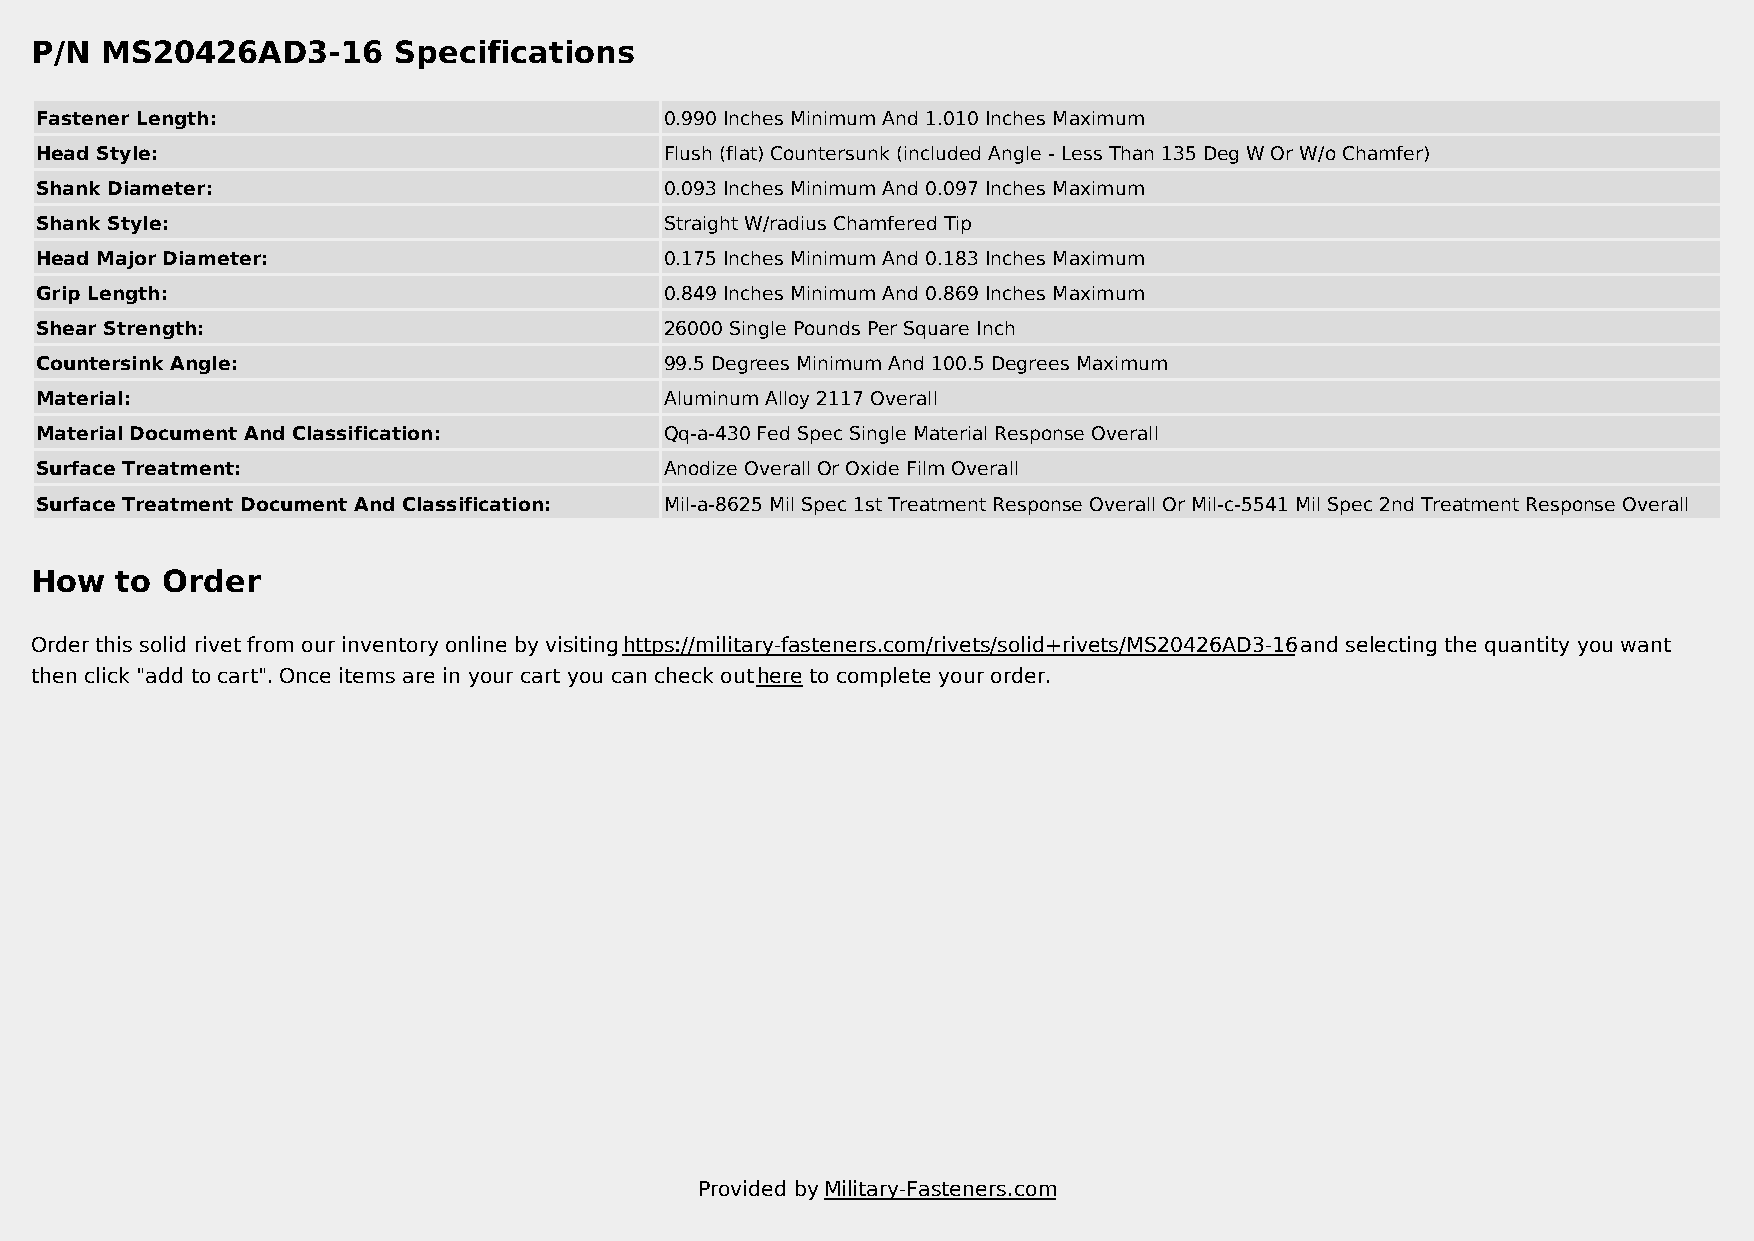
P/N  MS20426AD3-16      Specifications
 Fastener Length:                          0.990 Inches Minimum And 1.010 Inches Maximum
 Head Style:                               Flush (flat) Countersunk (included Angle - Less Than 135 Deg W Or W/o Chamfer)
 Shank Diameter:                           0.093 Inches Minimum And 0.097 Inches Maximum
 Shank Style:                              Straight W/radius Chamfered Tip
 Head Major Diameter:                      0.175 Inches Minimum And 0.183 Inches Maximum
 Grip Length:                              0.849 Inches Minimum And 0.869 Inches Maximum
 Shear Strength:                           26000 Single Pounds Per Square Inch
 Countersink Angle:                        99.5 Degrees Minimum And 100.5 Degrees Maximum
 Material:                                 Aluminum Alloy 2117 Overall
 Material Document And Classification:     Qq-a-430 Fed Spec Single Material Response Overall
 Surface Treatment:                        Anodize Overall Or Oxide Film Overall
 Surface Treatment Document And Classification: Mil-a-8625 Mil Spec 1st Treatment Response Overall Or Mil-c-5541 Mil Spec 2nd Treatment Response Overall
 How   to Order
 Order this solid rivet from our inventory online by visiting https://military-fasteners.com/rivets/solid+rivets/MS20426AD3-16 and selecting the quantity you want
 then click "add to cart". Once items are in your cart you can check out here to complete your order.
 Provided by Military-Fasteners.com